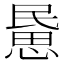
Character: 𢞰